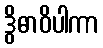
ဒွိဓာဝိပါကာ